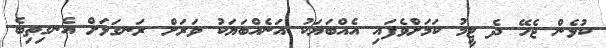
ކުޅެން ޖެހޭ ދެ ޓީމު ކަމަށްވެފައި އެއްބަޔަކު އަނެއްބަޔަކު ވަރަށް ރަނގަޅަށް އެނގިތިބެ